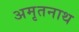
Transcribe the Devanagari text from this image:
अमृतनाथ